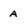
Character: A